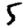
Digit: 5